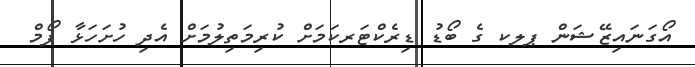
އޯގަނައިޒޭޝަން ޕލކ ގެ ބޯޑު ޑިރެކްޓަރކަމަށް ކުރިމަތިލުމަށް އެދި ހުށަހަޅާ ފޯމް